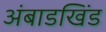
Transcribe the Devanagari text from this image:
अंबाडखिंड